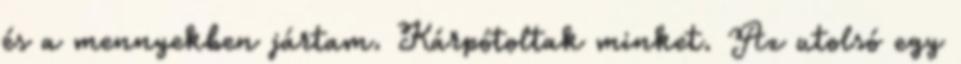
és a mennyekben jártam. Kárpótoltak minket. Az utolsó egy